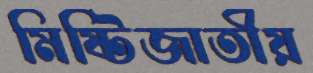
মিষ্টিজাতীয়